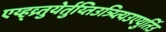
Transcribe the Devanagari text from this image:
एय्ह्व्र्तुयेर्तुय्तिउत्र्य्त्यिउएयुर्तिउ